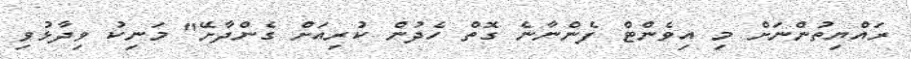
ރައްޔިތުންނަށް މި އިވެންޓް ފެންނާނެ ގޮތް ހެދުން ކުރިއަށް ގެންދާށޭ" މަނިކު ވިދާޅުވި